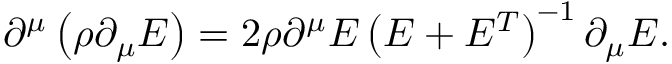
\partial ^ { \mu } \left( \rho \partial _ { \mu } E \right) = 2 \rho \partial ^ { \mu } E \left( E + E ^ { T } \right) ^ { - 1 } \partial _ { \mu } E .